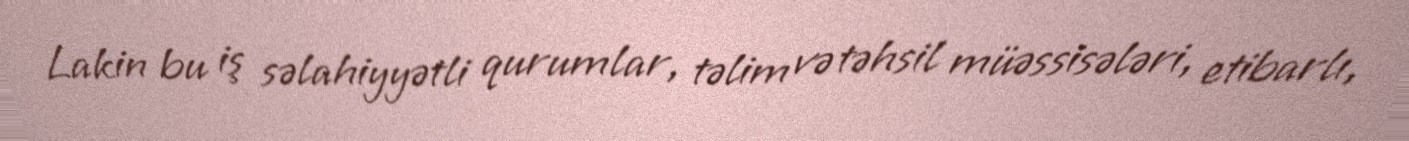
Lakin bu iş səlahiyyətli qurumlar, təlim və təhsil müəssisələri, etibarlı,